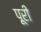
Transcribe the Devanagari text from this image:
पूूरी